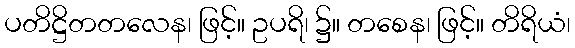
ပတိဋ္ဌိတတလေန၊ ဖြင့်။ ဥပရိ၊ ၌။ တစေန၊ ဖြင့်။ တိရိယံ၊